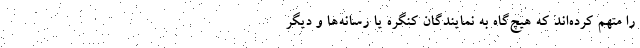
را متهم کرده‌اند که هیچ‌گاه به نمایندگان کنگره یا رسانه‌ها و دیگر